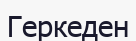
Геркеден